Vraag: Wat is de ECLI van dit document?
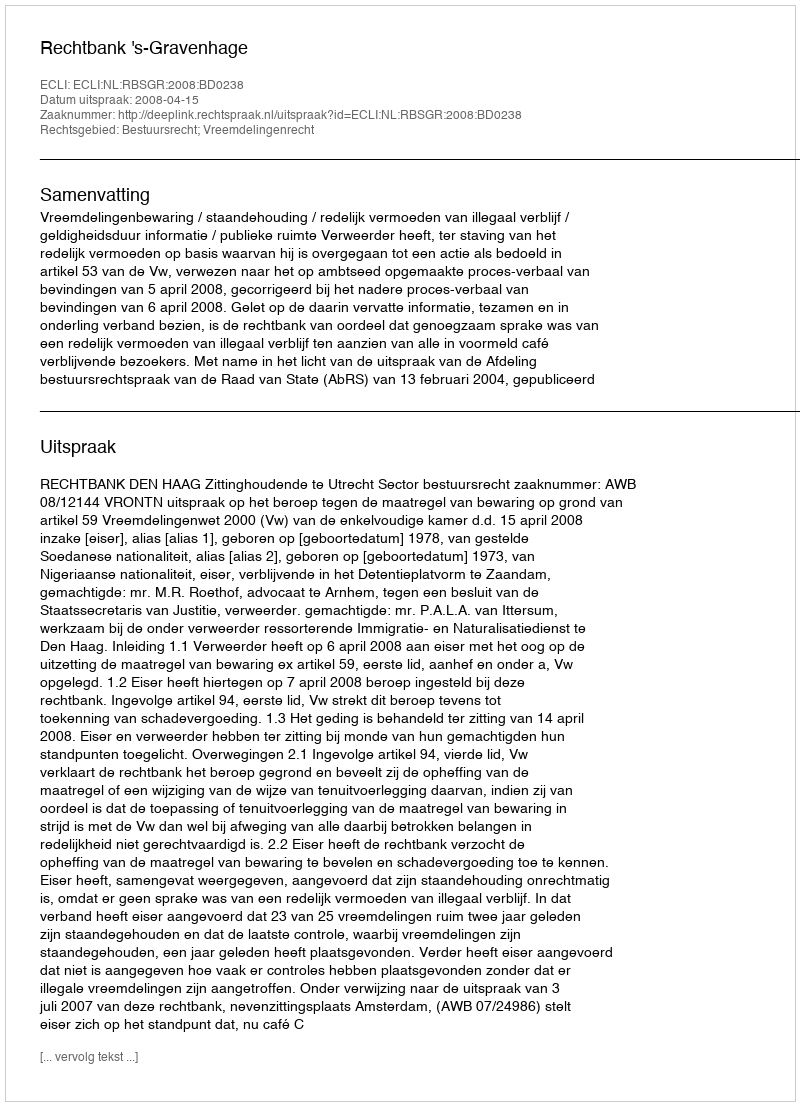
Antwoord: ECLI:NL:RBSGR:2008:BD0238